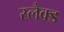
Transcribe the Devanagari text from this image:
स्लैक्ड